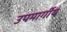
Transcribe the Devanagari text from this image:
उपमार्गीय